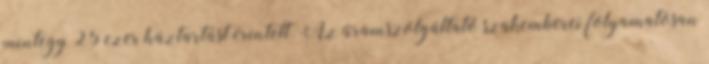
mintegy 25 ezer háztartást érintett. Az áramszolgáltató szakemberei folyamatosan